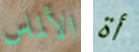
الألماس أة